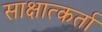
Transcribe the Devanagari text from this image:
साक्षात्कर्ता